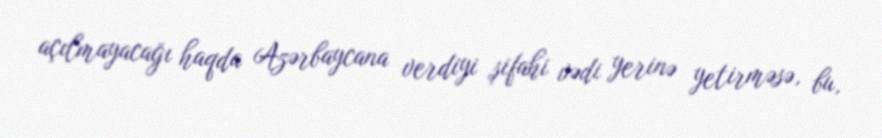
açılmayacağı haqda Azərbaycana verdiyi şifahi vədi yerinə yetirməsə, bu,